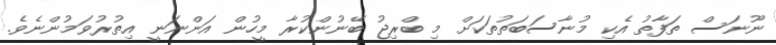
ނޫނަސް ތަފާތު އެކި މުނާސަބަތުތަކަށް މި ބްރިޖު ބޭނުންކުރާ މީހުން އަންނަނީ އިތުރުވަމުންނެވެ.